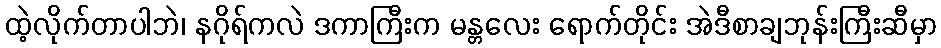
ထဲ့လိုက်တာပါဘဲ၊ နဂိုရ်ကလဲ ဒကာကြီးက မန္တလေး ရောက်တိုင်း အဲဒီစာချဘုန်းကြီးဆီမှာ